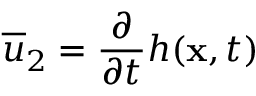
\overline { { u } } _ { 2 } = \frac { \partial } { \partial t } h ( \mathbf { x } , t )